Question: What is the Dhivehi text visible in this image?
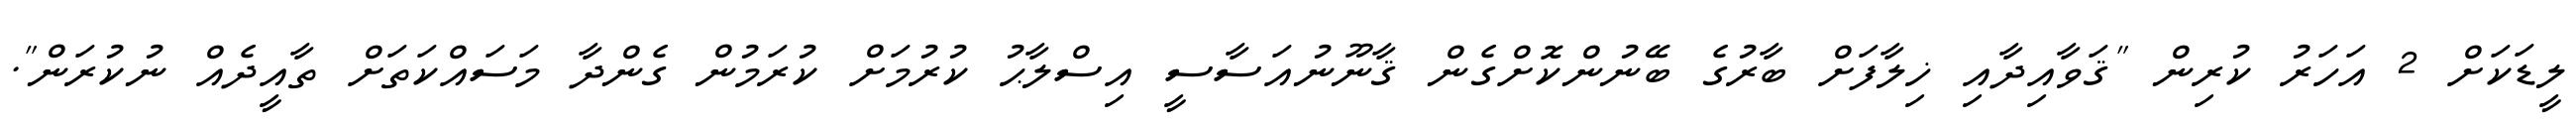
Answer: ލީޑަކަށް 2 އަހަރު ކުރިން "ޤަވާއިދާއި ޚިލާފަށް ބާރުގެ ބޭނުންކޮށްގެން ޤާނޫނުއަސާސީ އިސްލާޙު ކުރުމަށް ކުރަމުން ގެންދާ މަސައްކަތަށް ތާއީދެއް ނުކުރަން".